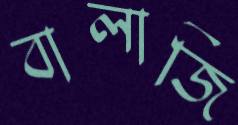
বালাজি